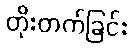
တိုးတက်ခြင်း